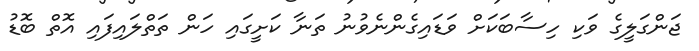
ޖަންގަލީގެ ވަކި ހިސާބަކަށް ވަޑައިގެންނެވުނު ތަނާ ކަށީގައި ހަން ތަތްލައިފައި އޮތް ބޮޑު